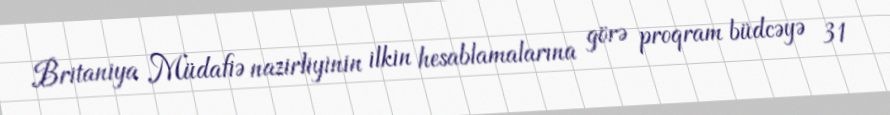
Britaniya Müdafiə nazirliyinin ilkin hesablamalarına görə proqram büdcəyə 31